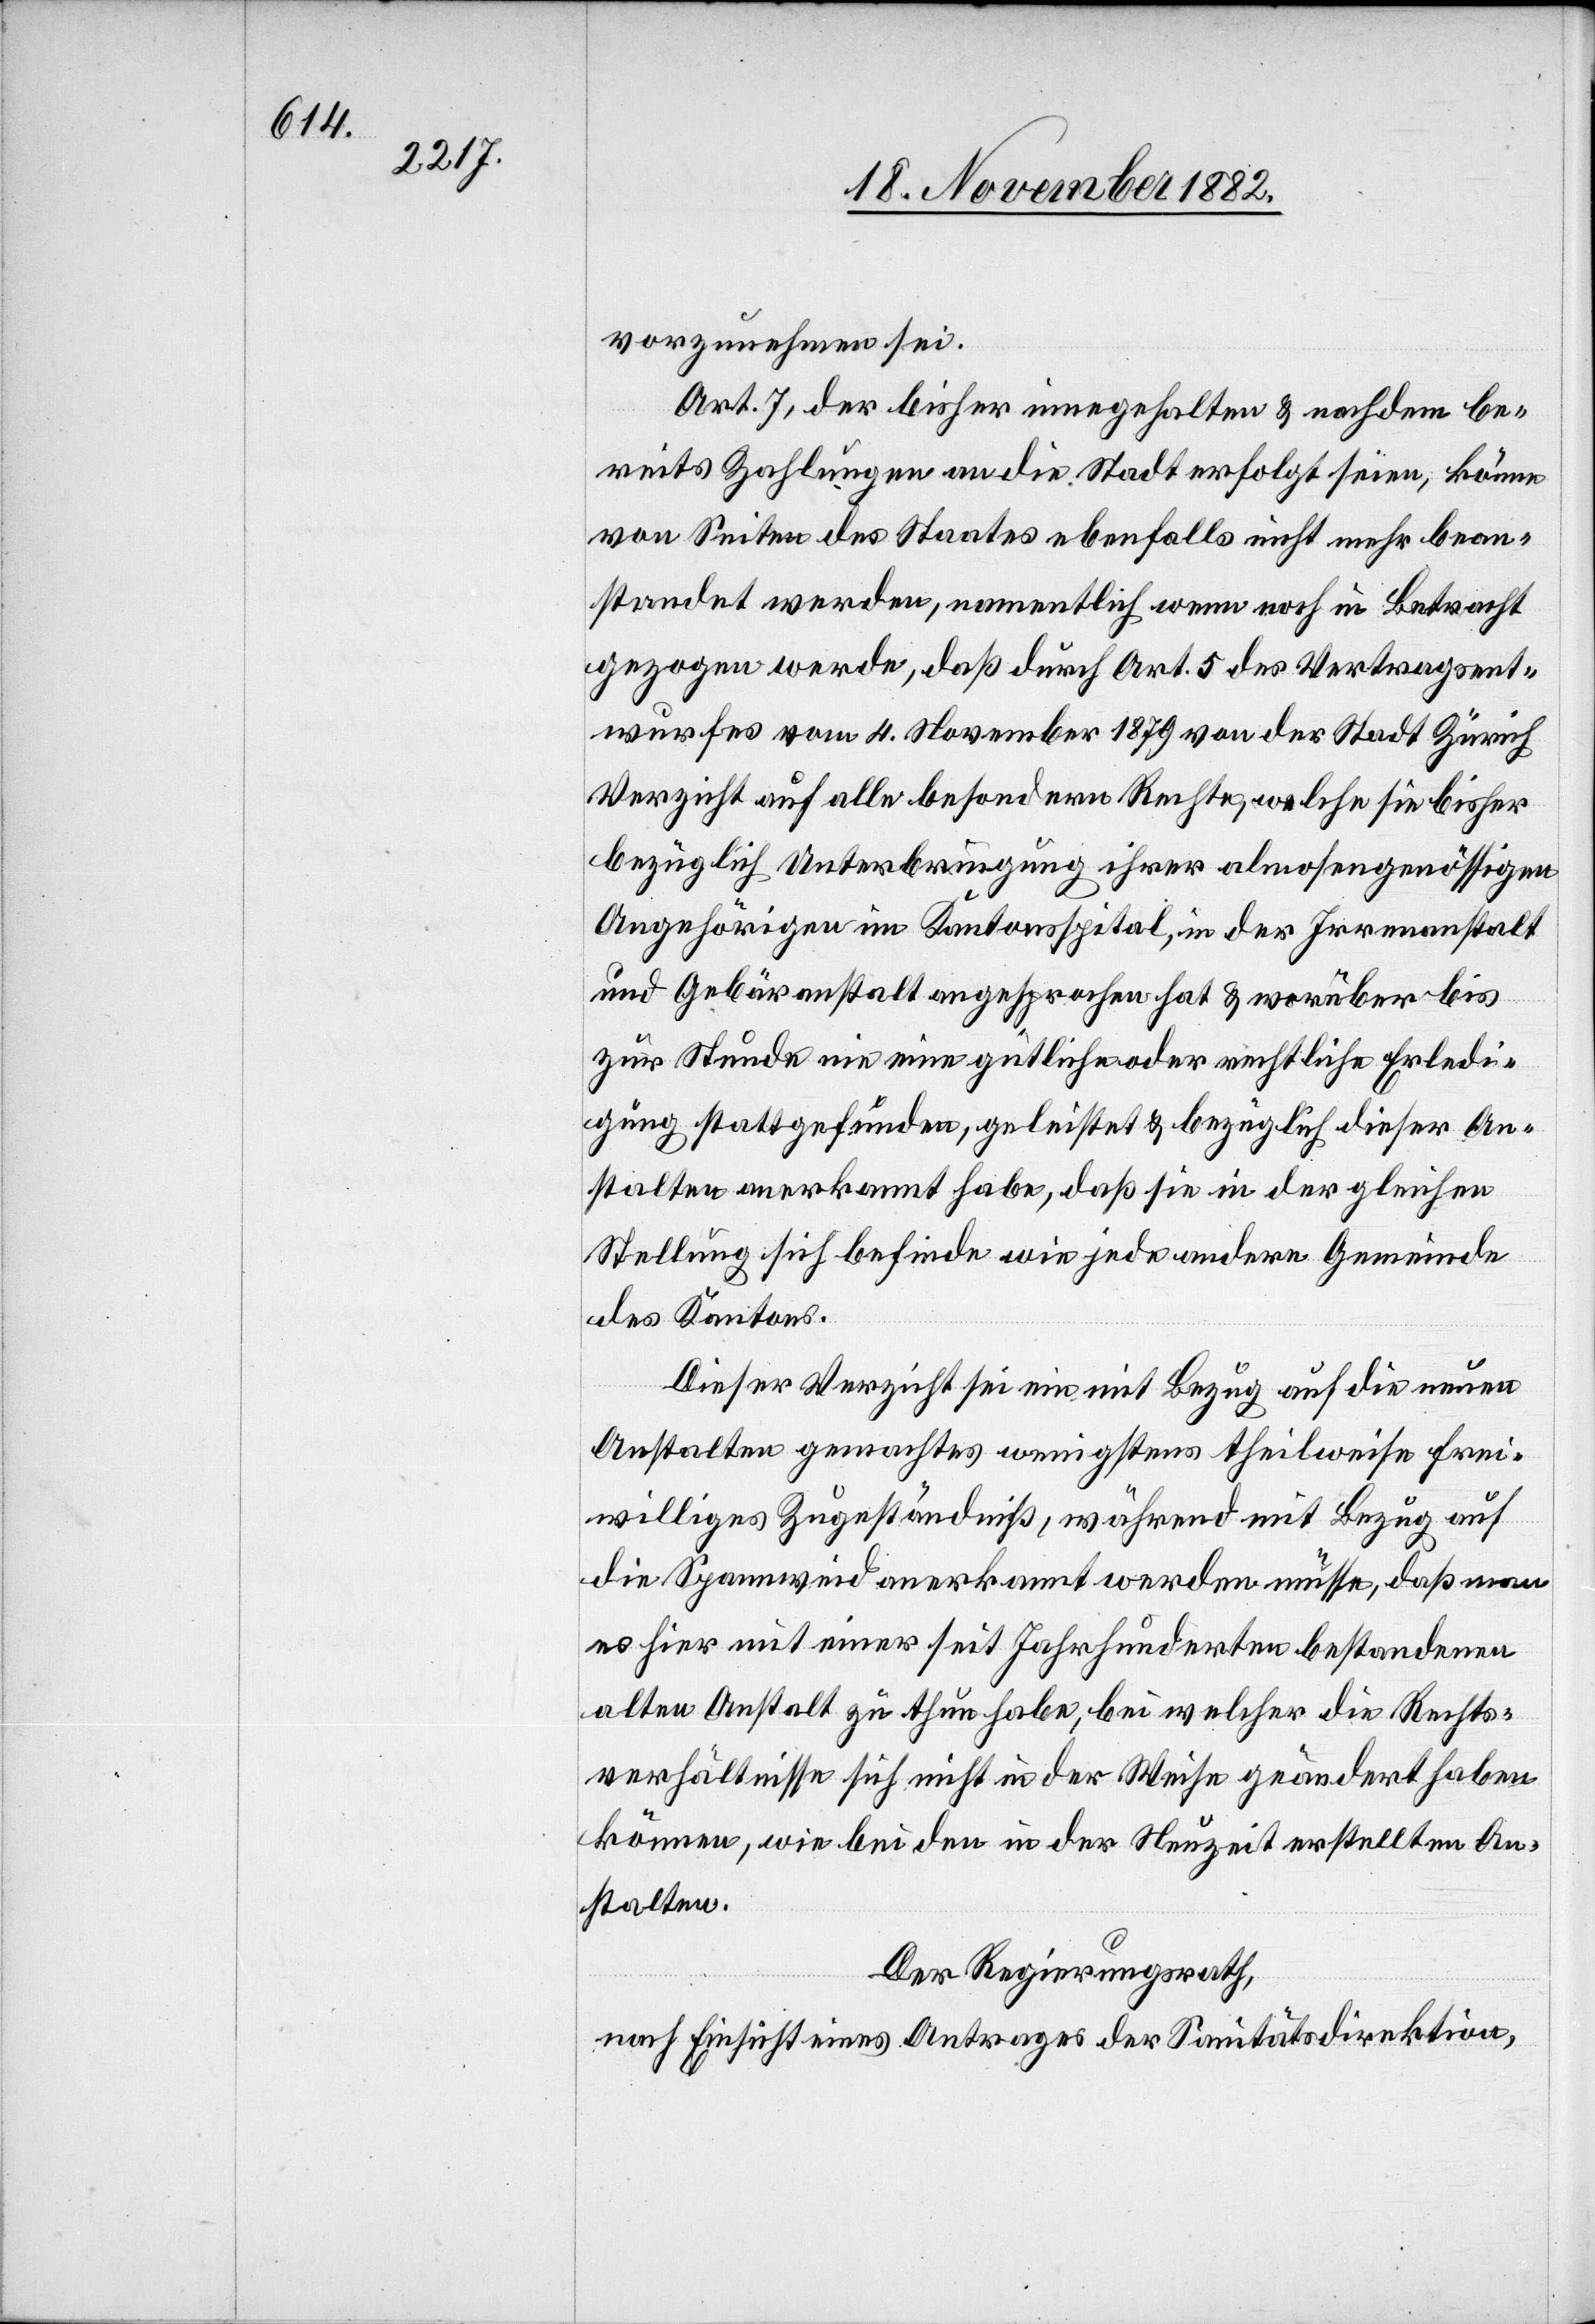
vorzunehmen sei.
Art. 7, der bisher innegehalten & nachdem be¬
reits Zahlungen an die Stadt erfolgt seien, könne
von Seiten des Staates ebenfalls nicht mehr bean¬
standet werden, namentlich wenn noch in Betracht
gezogen werde, daß durch Art. 5 des Vertragsent¬
wurfes vom 4. November 1879 von der Stadt Zürich
Verzicht auf alle besondern Rechte, welche sie bisher
bezüglich Unterbringung ihrer almosengenössigen
Angehörigen im Kantonsspital, in der Irrenanstalt
und Gebäranstalt angesprochen hat & worüber bis
zur Stunde nie eine gütliche oder rechtliche Erledi¬
gung stattgefunden, geleistet & bezüglich dieser An¬
stalten anerkannt habe, daß sie in der gleichen
Stellung sich befinde wie jede andere Gemeinde
des Kantons.
Dieser Verzicht sei ein mit Bezug auf die neuen
Anstalten gemachtes wenigstens theilweise frei¬
williges Zugeständniß, während mit Bezug auf
die Spannweid anerkannt werden müsse, daß man
es hier mit einer seit Jahrhunderten bestandenen
alten Anstalt zu thun habe, bei welcher die Rechts¬
verhältnisse sich nicht in der Weise geändert haben
können, wie bei den in der Neuzeit erstellten An¬
stalten.
Der Regierungsrath,
nach Einsicht eines Antrages der Sanitätsdirektion,